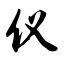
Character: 仪